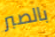
بالصبر